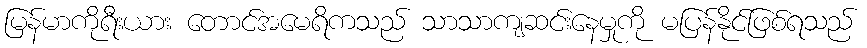
မြန်မာကိုရီးယား တောင်အမေရိကသည် သာသာကျဆင်းနေမှုကို မပြန်နိုင်ဖြစ်ရသည်